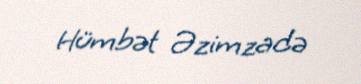
Hümbət Əzimzadə